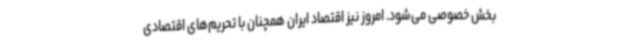
بخش خصوصی می‌شود. امروز نیز اقتصاد ایران همچنان با تحریم‌های اقتصادی